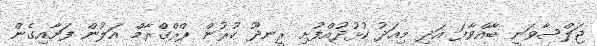
ޖަލްސާވަނީ ބާއްވާފަ އަދި މިއަދު ކުޅުދުއްފުށި ރީނދޫ ކުރުން ޕްރްގްރާމް އަލުން ފަށާއިގެން